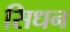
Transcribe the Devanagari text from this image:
सिधन